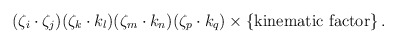
\begin{align*}(\zeta_i \cdot \zeta_j)(\zeta_k \cdot k_l)(\zeta_m \cdot k_n) (\zeta_p\cdot k_q) \times \{ \mbox{kinematic factor} \}\,.\end{align*}